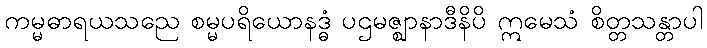
ကမ္မဓာရယသညေ စမ္မပရိယောနဒ္ဓံ ပဌမဇ္ဈာနာဒီနိပိ ဣမေသံ စိတ္တသန္တာပါ